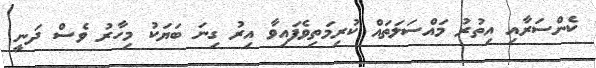
ކެންސަރާއި އިތުރު މައްސަލަތައް ކުރިމަތިވެފައިވާ އިރު ގިނަ ބަޔަކު މިހާރު ވެސް ދަނީ